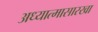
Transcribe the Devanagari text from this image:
अध्यात्मासारखा